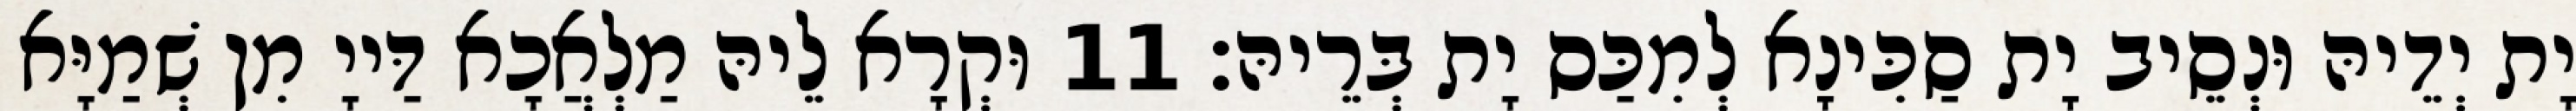
יָת יְדֵיהּ וּנְסֵיב יָת סַכִּינָא לְמִכַּס יָת בְּרֵיהּ׃ 11 וּקְרָא לֵיהּ מַלְאֲכָא דַּייָ מִן שְׁמַיָּא